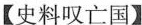
【史料叹亡国】